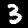
Digit: 3